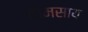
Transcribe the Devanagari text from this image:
तामसाय